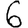
Digit: 6